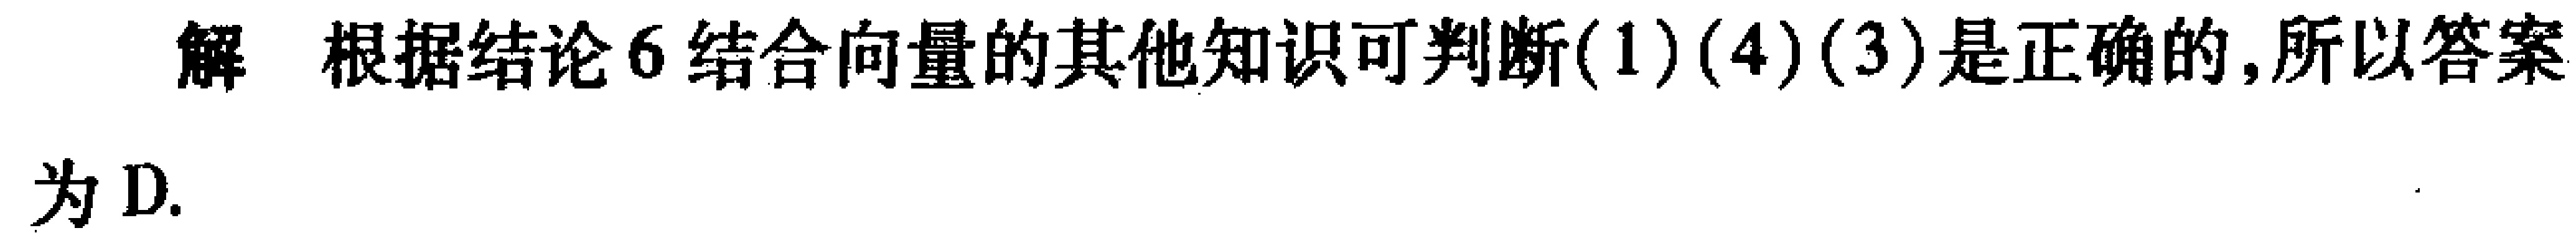
解 根据结论 6 结合向量的其他知识可判断(1)(4)(3)是正确的,所以答案为 D.